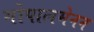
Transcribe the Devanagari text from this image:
गोपालमेनन